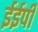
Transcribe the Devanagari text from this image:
ईईपी